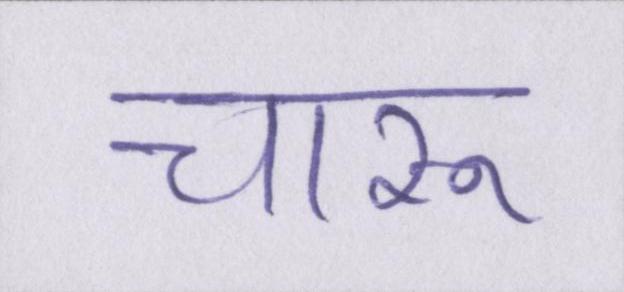
चारू